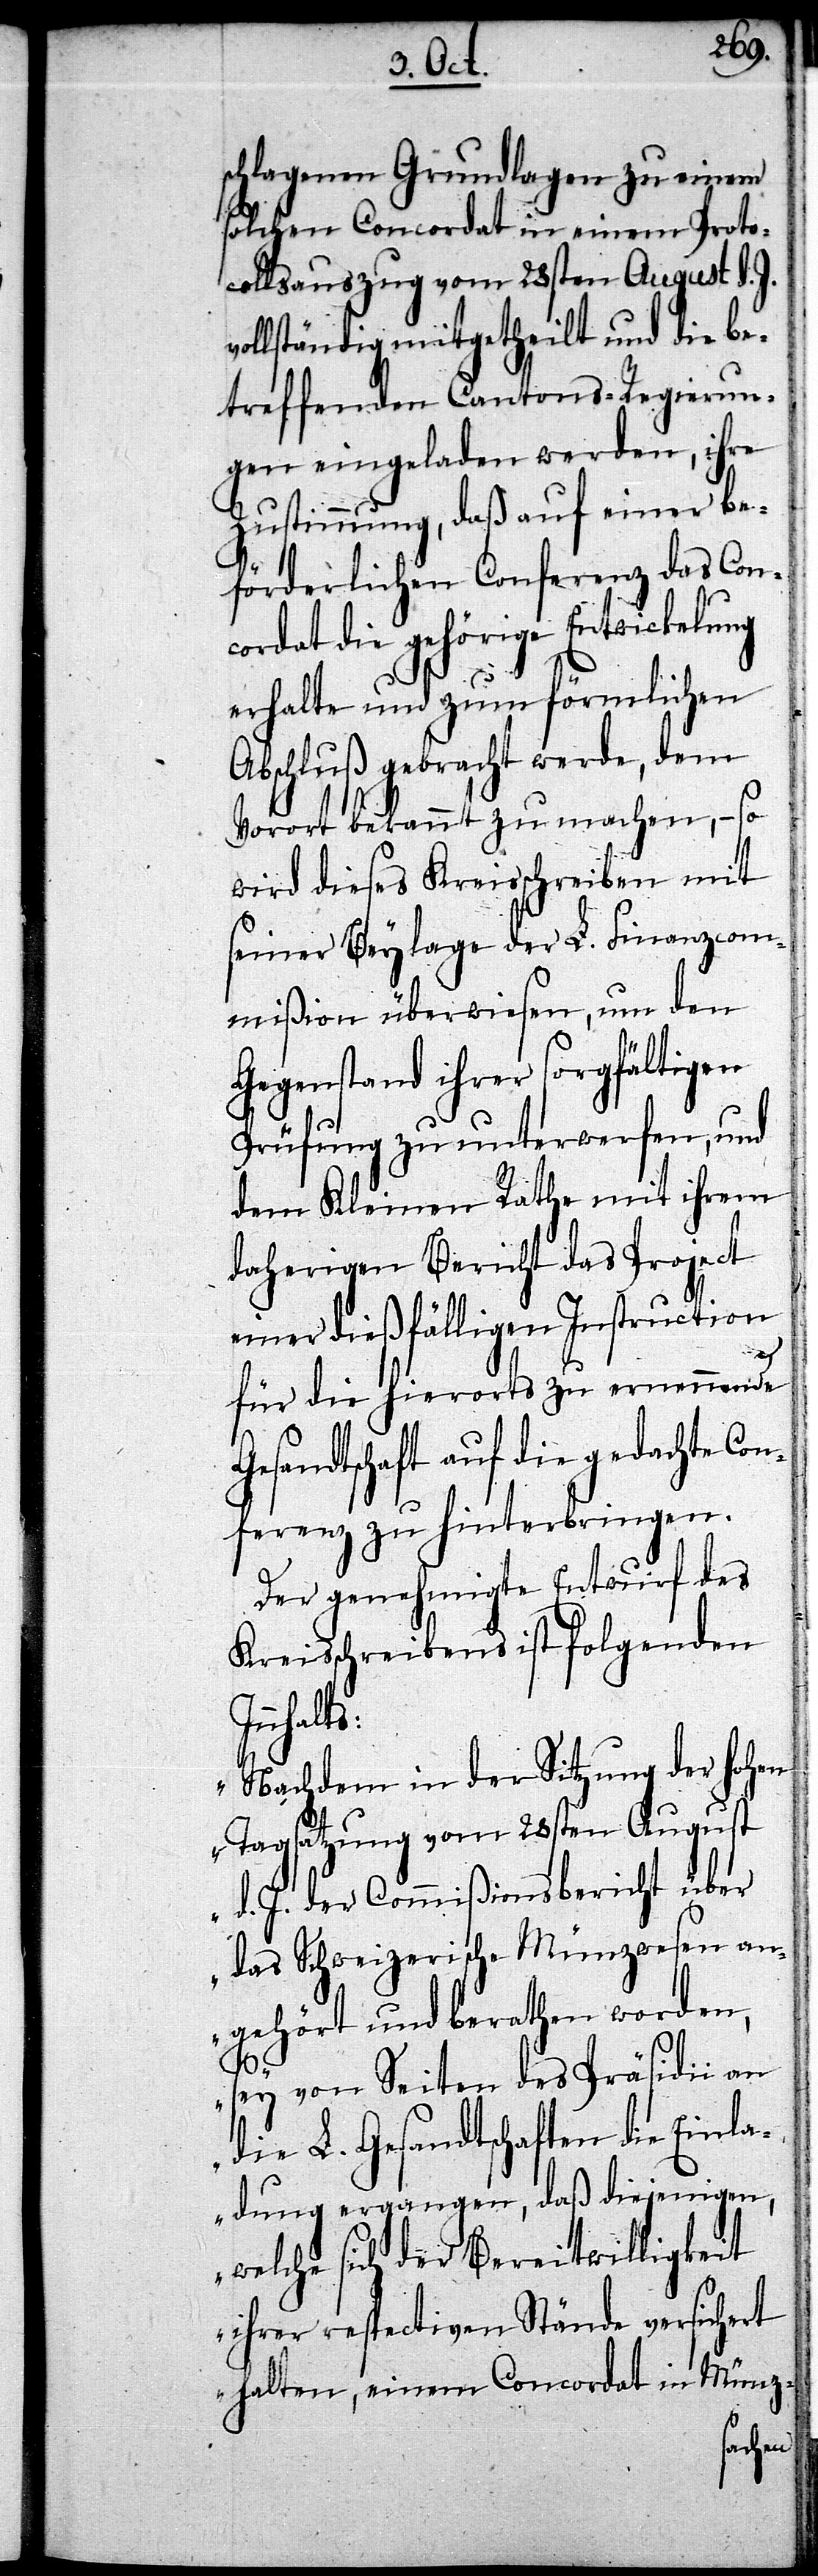
schlagenen Grundlagen zu einem
solchen Concordat in einem Proto¬
collsauszug vom 28sten August d. J.
ollständig mitgetheilt und die be¬
treffenden Cantons-Regierun¬
gen eingeladen werden, ihre
Zustimmung, daß auf einer be¬
förderlichen Conferenz das Con¬
cordat die gehörige Entwickelung
erhalte und zum förmlichen
Abschluß gebracht werde, dem
Vorort bekannt zu machen, – so
wird dieses Kreisschreiben mit
seiner Beylage der L. Finanzcom¬
mißion überwiesen, um den
Gegenstand ihrer sorgfältigen
Prüfung zu unterwerfen, und
dem Kleinen Rathe mit ihrem
daherigen Bericht das Project
einer dießfälligen Instruction
I¬
für die hierorts zu ernennende
Gesandtschaft auf die gedachte Con¬
ferenz zu hinterbringen.
Der genehmigte Entwurf des
Kreisschreibens ist folgenden
nnhalts:
„Nachdem in der Sitzung der hohen
Tagsatzung vom 28sten August
d. J. der Commißionsbericht über
das Schweizerische Münzwesen an¬
gehört und berathen worden,
sey von Seiten des Präsidii an
die L. Gesandtschaften die Einla¬
dung ergangen, daß diejenigen,
welche sich der Bereitwilligkeit
ihrer respectiven Stände versichert
halten, einem Concordat in Münz-